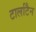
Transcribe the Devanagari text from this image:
टार्लाटैन